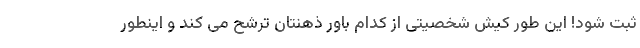
ثبت شود! این طور کیش شخصیتی از کدام باور ذهنتان ترشح می کند و اینطور